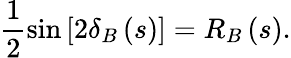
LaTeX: \frac{1}{2}\mathrm{{sin}}\left[2\delta_{B}\left(s\right)\right]=R_{B}\left(s\right).